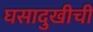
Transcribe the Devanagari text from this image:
घसादुखीची